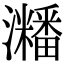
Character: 𤄜